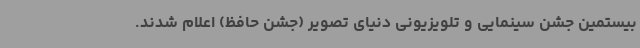
بیستمین جشن سینمایی و تلویزیونی دنیای تصویر (جشن حافظ) اعلام شدند.